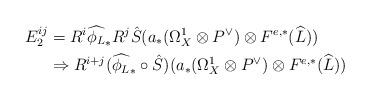
\begin{align*}E_2^{ij}&=R^i\widehat{\phi_{L}}_*R^j\hat{S}(a_*(\Omega_X^1\otimes P^{\vee})\otimes F^{e,*}(\widehat{L})) \\&\Rightarrow R^{i+j}(\widehat{\phi_{L}}_*\circ\hat{S})(a_*(\Omega_X^1\otimes P^{\vee})\otimes F^{e,*}(\widehat{L}))\end{align*}